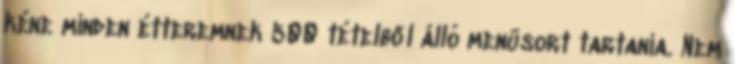
kéne minden étteremnek 500 tételből álló menüsort tartania. Nem